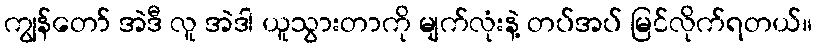
ကျွန်တော် အဲဒီ လူ အဲဒါ ယူသွားတာကို မျက်လုံးနဲ့ တပ်အပ် မြင်လိုက်ရတယ်။